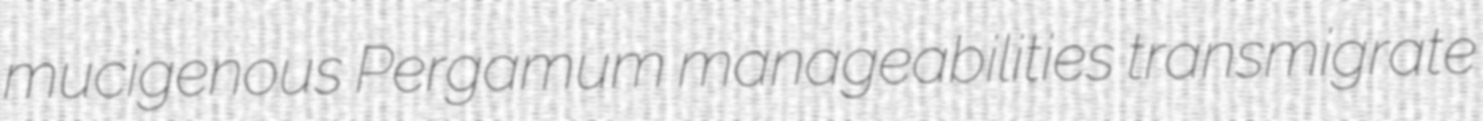
mucigenous Pergamum manageabilities transmigrate